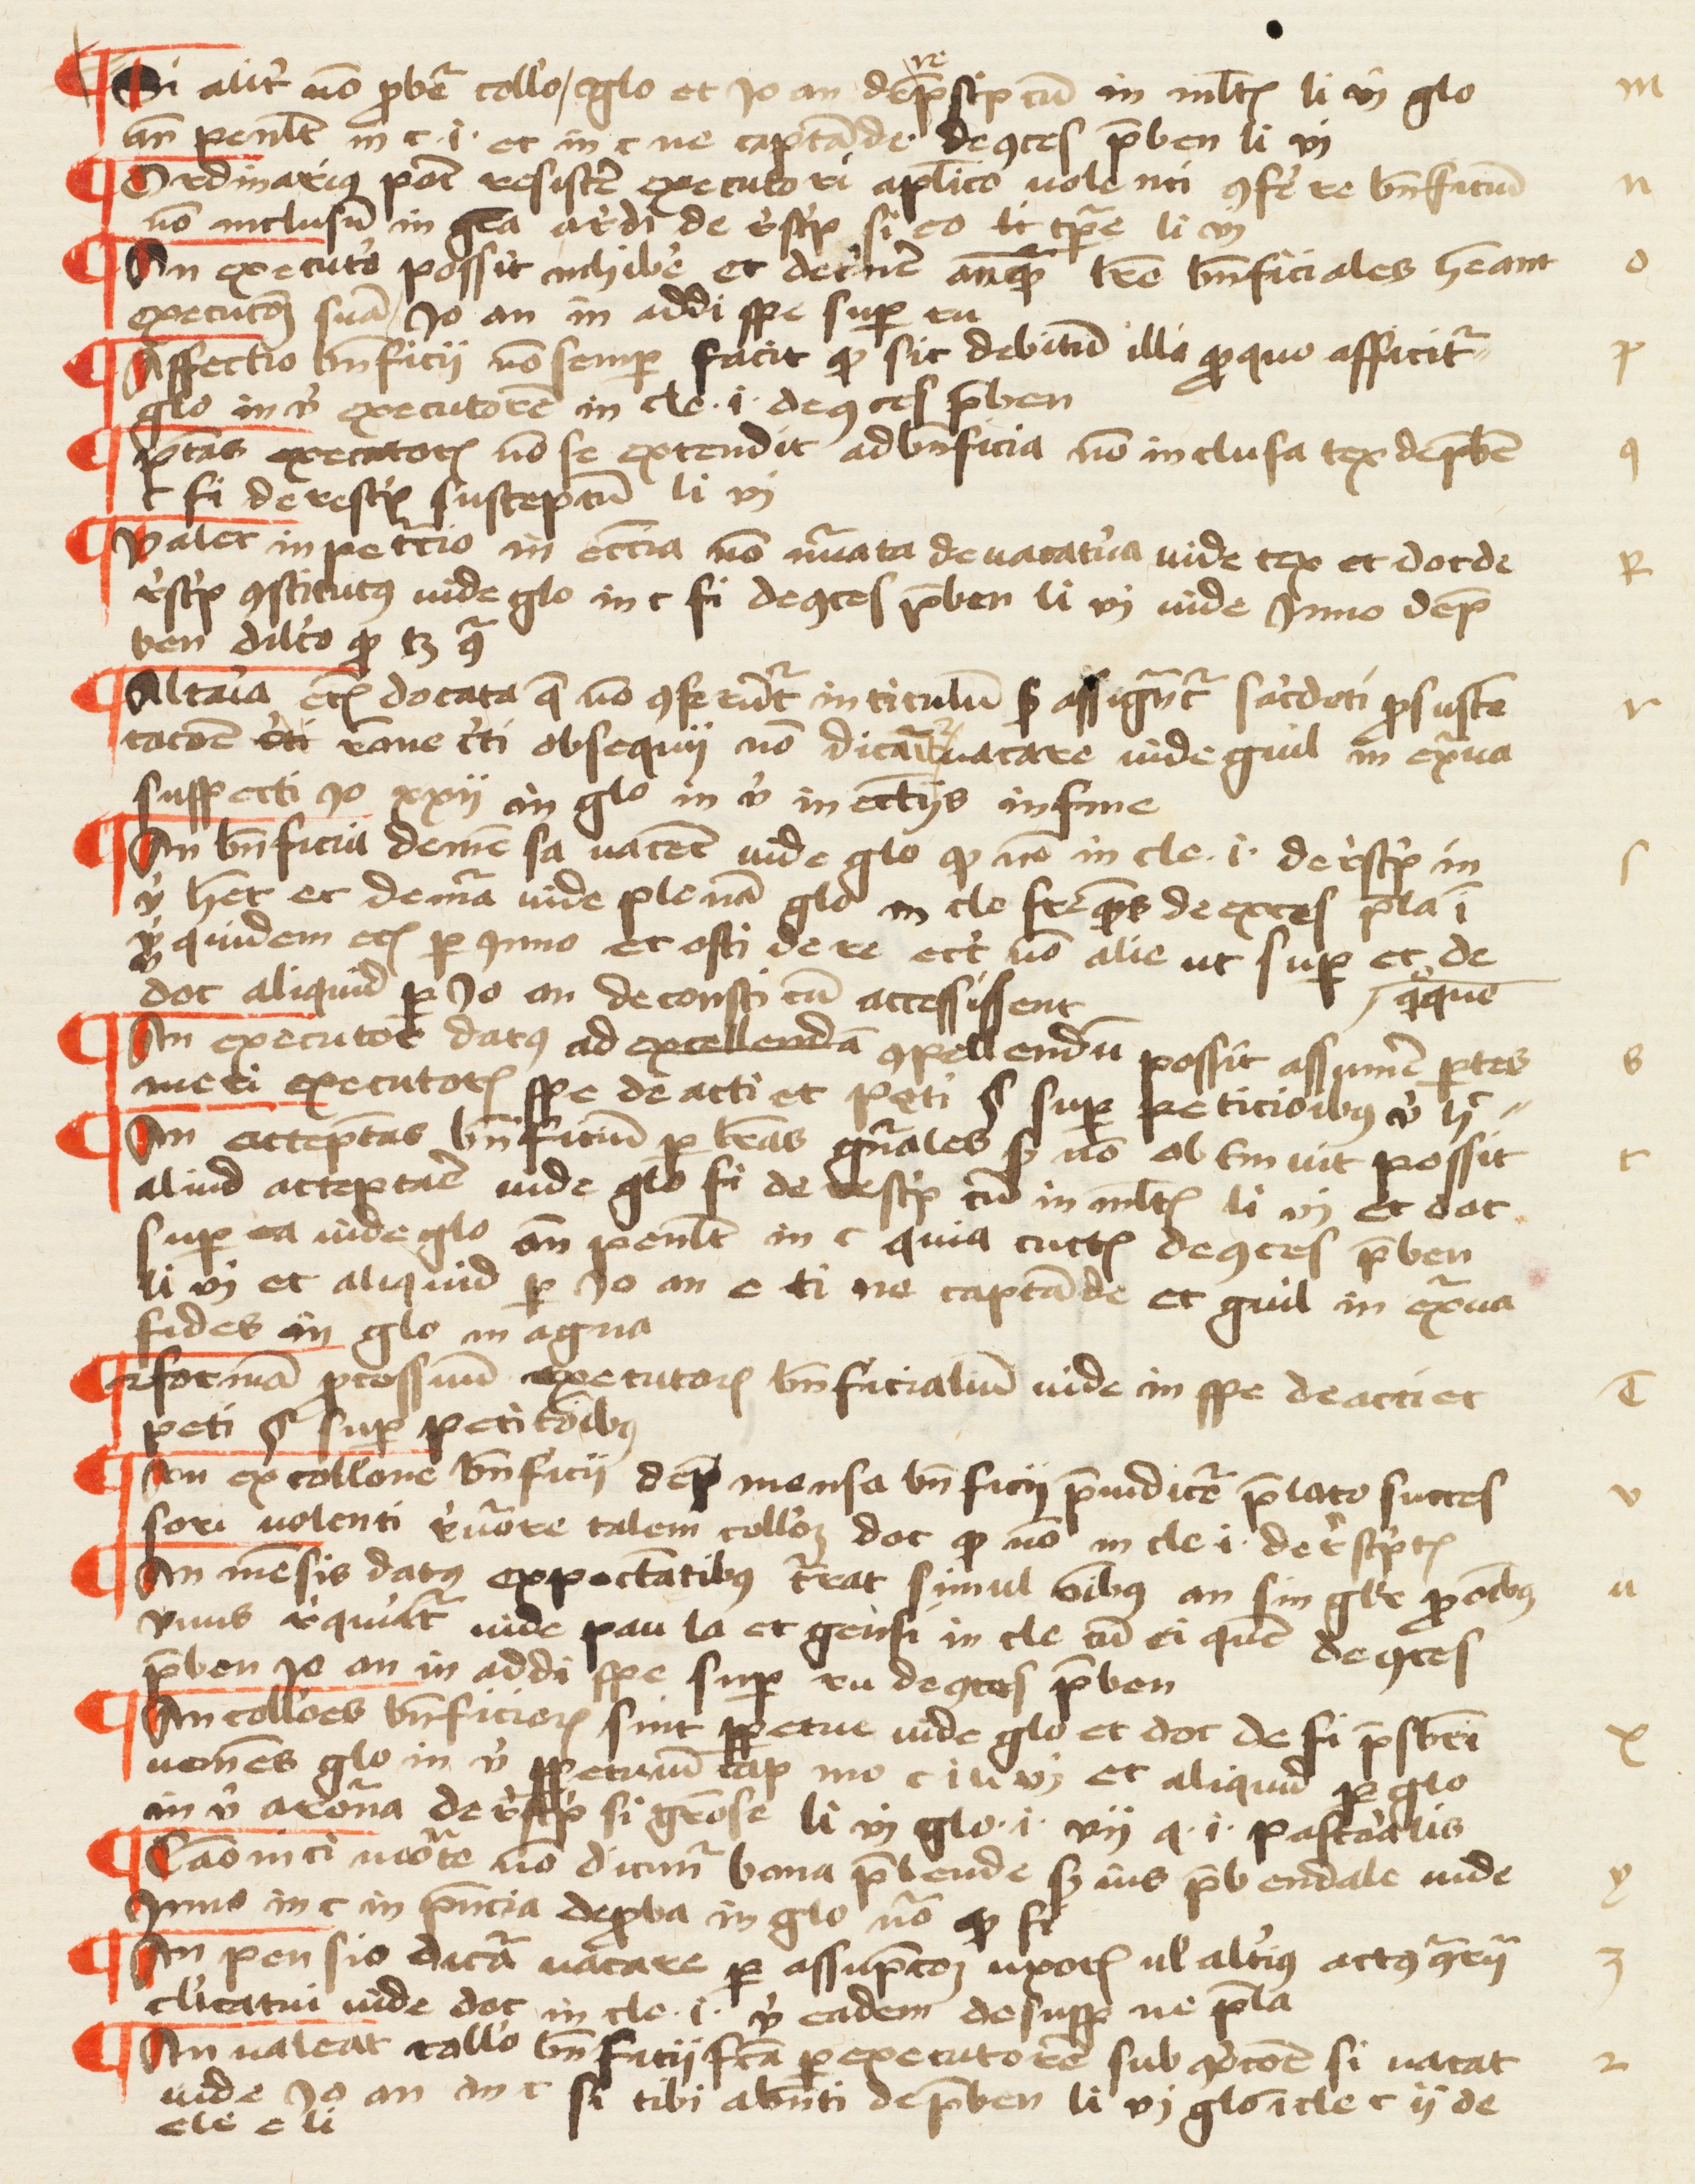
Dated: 1457–1457